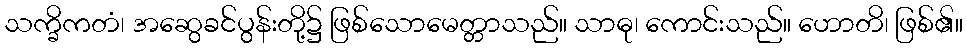
သက္ခိကတံ၊ အဆွေခင်ပွန်းတို့၌ ဖြစ်သောမေတ္တာသည်။ သာဓု၊ ကောင်းသည်။ ဟောတိ၊ ဖြစ်၏။